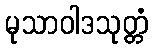
မုသာဝါဒသုတ္တံ